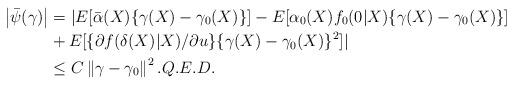
LaTeX: \begin{align*}\left\vert \bar{\psi}(\gamma)\right\vert & =|E[\bar{\alpha}(X)\{\gamma(X)-\gamma_{0}(X)\}]-E[\alpha_{0}(X)f_{0}(0|X)\{\gamma(X)-\gamma_{0}(X)\}]\\& +E[\{\partial f(\delta(X)|X)/\partial u\}\{\gamma(X)-\gamma_{0}(X)\}^{2}]|\\& \leq C\left\Vert \gamma-\gamma_{0}\right\Vert ^{2}.Q.E.D.\end{align*}